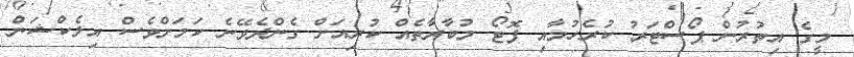
މީގެ އިތުރުން ޕޯސްޓަރު ކުރެހުމާއި ފޮޓޯ މުބާރާތެއް ކުރިއަށް ގެންދެވޭނެ ކަމަށްވެސް އިލެކްޝަން